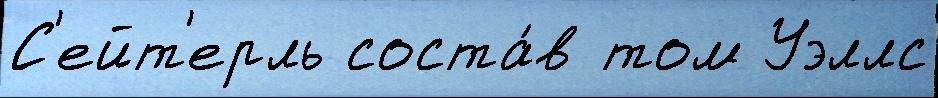
С'ейт'ерль соста́в том Уэллс